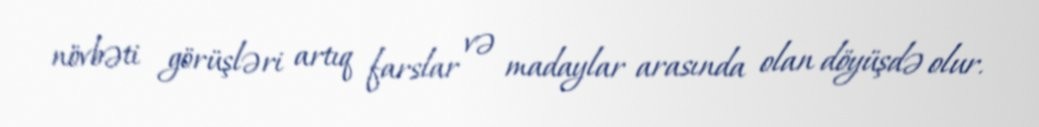
növbəti görüşləri artıq farslar və madaylar arasında olan döyüşdə olur.